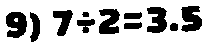
9) 7÷2=3.5